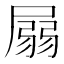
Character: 𡲳